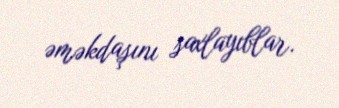
əməkdaşını saxlayıblar.